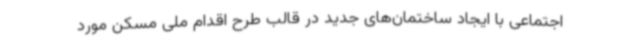
اجتماعی با ایجاد ساختمان‌های جدید در قالب طرح اقدام ملی مسکن مورد